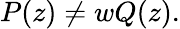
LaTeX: P(z)\neq wQ(z).